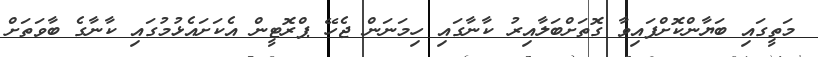
މަތީގައި ބަޔާންކޮށްފައިވާ ގޮތަށްބަލާއިރު ކާނާގައި ހިމަނަން ޖެހޭ ޕްރޮޓީން އެކަށައެޅުމުގައި ކާނާގެ ބާވަތަށް